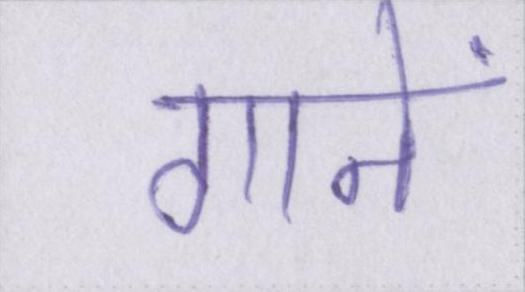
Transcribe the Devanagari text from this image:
गानें